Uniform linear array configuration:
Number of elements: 64
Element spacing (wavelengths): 0.5
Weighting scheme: uniform
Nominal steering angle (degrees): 60
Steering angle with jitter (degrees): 58.131
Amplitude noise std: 0.05
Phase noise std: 0.05

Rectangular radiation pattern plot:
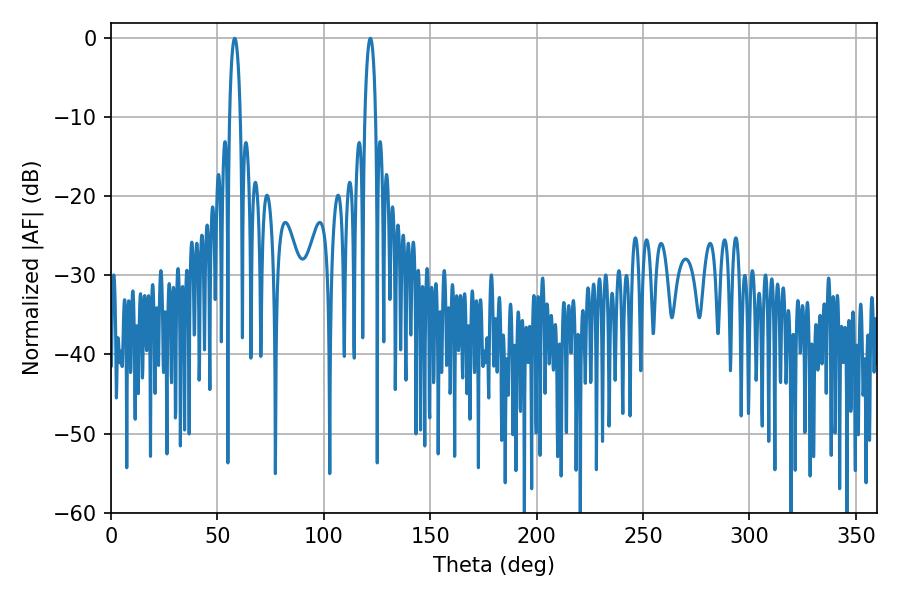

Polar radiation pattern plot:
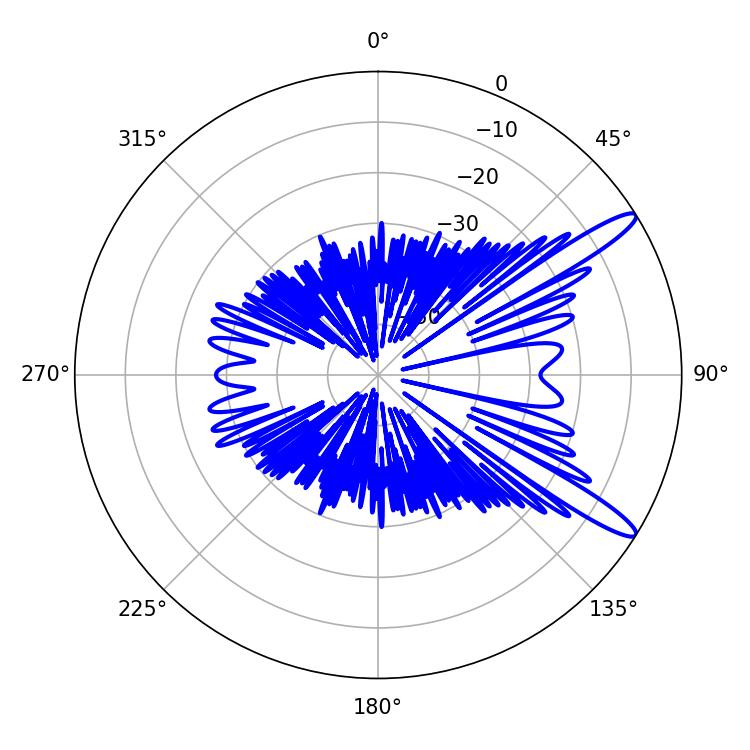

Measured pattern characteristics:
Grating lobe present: FALSE
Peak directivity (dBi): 13.031
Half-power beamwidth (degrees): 2.88
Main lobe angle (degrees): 58.14